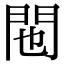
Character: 𬮆